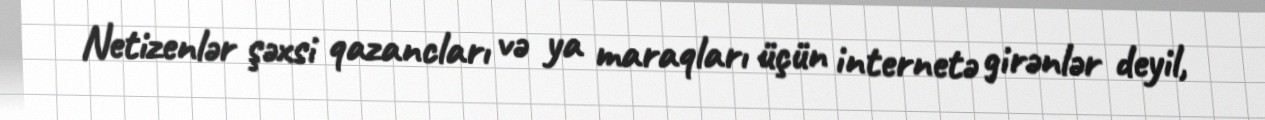
Netizenlər şəxsi qazancları və ya maraqları üçün internetə girənlər deyil,